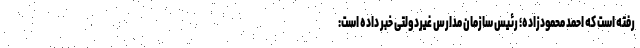
رفته است که احمد محمودزاده؛ رئیس سازمان مدارس غیردولتی خبر داده است: